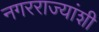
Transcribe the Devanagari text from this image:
नगरराज्यांशी